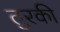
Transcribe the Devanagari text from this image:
तुरकी